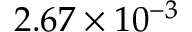
2 . 6 7 \times 1 0 ^ { - 3 }